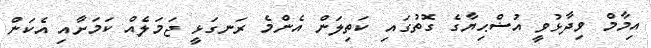
އިމާމް ވިދާޅުވީ އުޟްޙިޔާގެ ގޮތުގައި ކަތިލަން އެންމެ ރަނގަޅީ ޖަމަލެއް ކަމަށާއި އެކަން